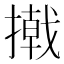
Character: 撠